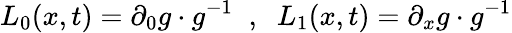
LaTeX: L_{0}(x,t)=\partial_{0}g\cdot g^{-1}\; \; ,\; \; L_{1}(x,t)=\partial_{x}g\cdot g^{-1}